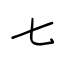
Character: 七